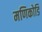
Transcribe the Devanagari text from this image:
मणिकोडि